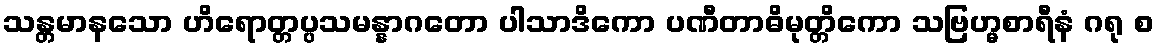
သန္တမာနသော ဟိရောတ္တပ္ပသမန္နာဂတော ပါသာဒိကော ပဏီတာဓိမုတ္တိကော သဗြဟ္မစာရီနံ ဂရု စ